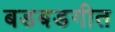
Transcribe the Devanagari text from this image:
बडबडगीत